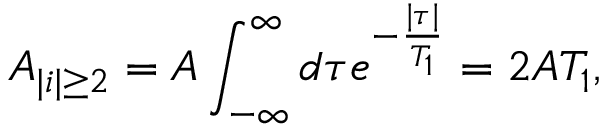
A _ { | i | \geq 2 } = A \int _ { - \infty } ^ { \infty } d \tau e ^ { - \frac { | \tau | } { T _ { 1 } } } = 2 A T _ { 1 } ,